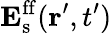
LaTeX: \mathbf{E}_{\mathrm{s}}^{\mathrm{ff}}(\mathbf{r}^{\prime},t^{\prime})